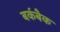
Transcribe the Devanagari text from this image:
बर्कबैक